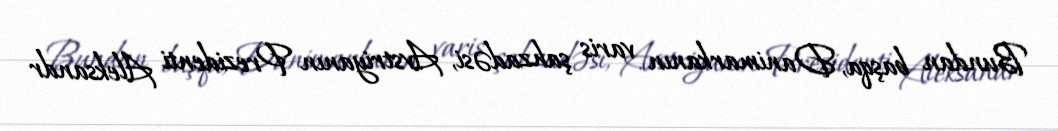
Bundan başqa, Danimarkanın varis şahzadəsi, Avstriyanın Prezidenti Aleksandr